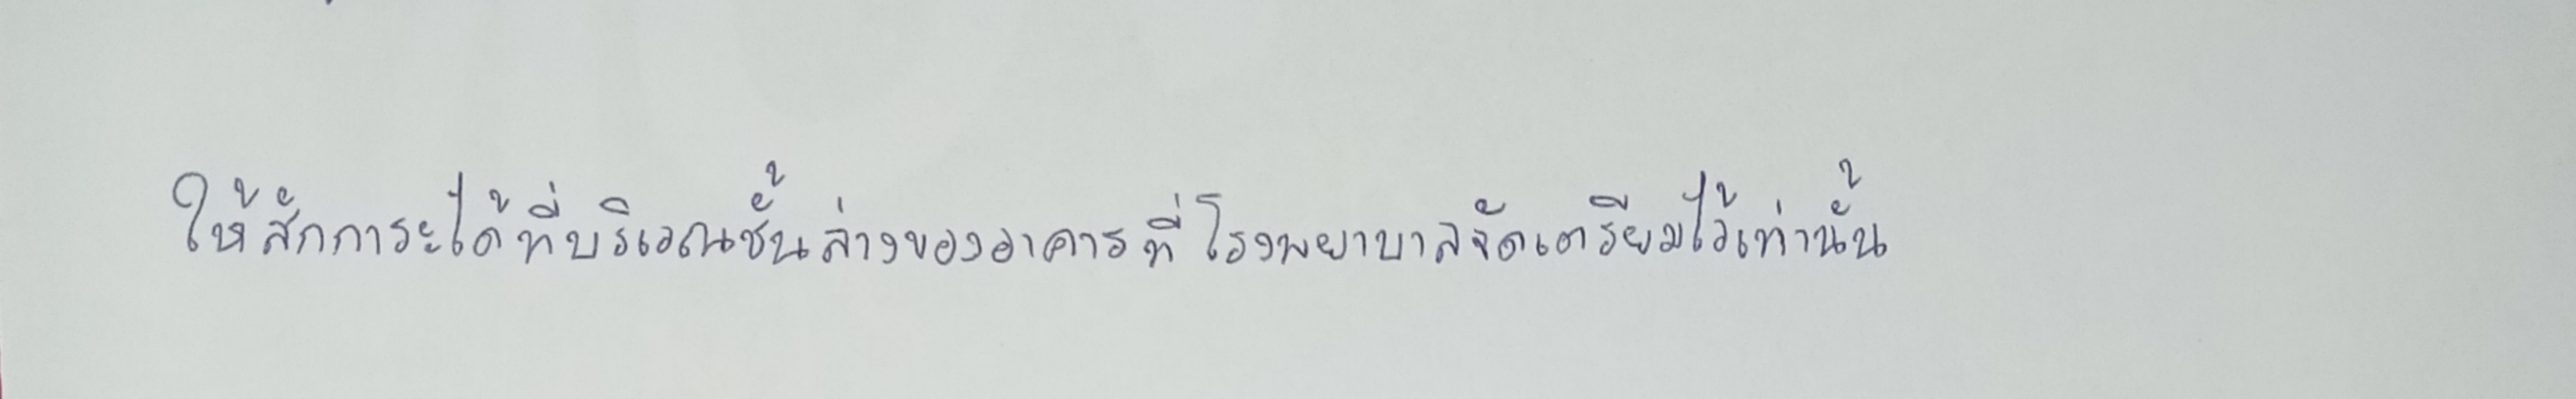
ให้สักการะได้ที่บริเวณชั้นล่างของอาคารที่โรงพยาบาลจัดเตรียมไว้เท่านั้น